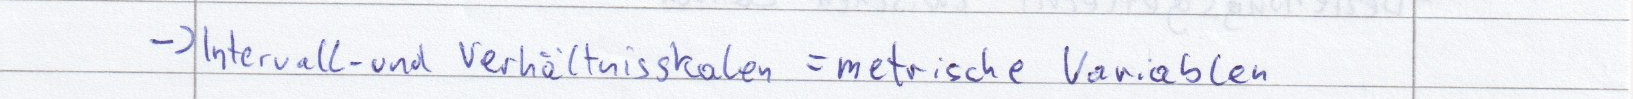
-> Intervall-und Verhältnisskalen = metrische Veriablen